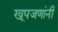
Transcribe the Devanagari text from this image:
खूपजणांनी